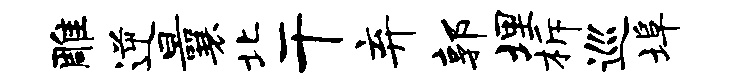
雕逆曩北干弃郭埋柝巡埠